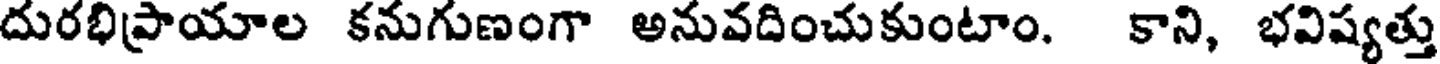
దురభిప్రాయాల కనుగుణంగా అనువదించుకుంటాం. కాని, భవిష్యత్తు